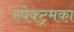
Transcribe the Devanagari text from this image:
स्पेक्ट्रमका